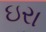
ઇરા